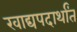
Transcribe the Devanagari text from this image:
खाद्यपदार्थांत